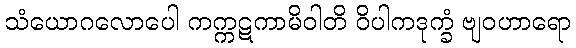
သံယောဂလောပေါ ကက္ကဋကာမိဝါတိ ဝိပါကဒုက္ခံ ဗျဝဟာရော